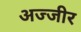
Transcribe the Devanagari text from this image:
अज्जीर